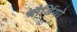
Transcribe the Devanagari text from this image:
बौर्डियो